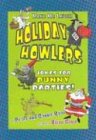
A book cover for Holiday Howlers: Jokes for Punny Parties (Make Me Laugh! (Carolrhoda Books)); Peter Roop; Children's Books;